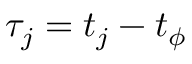
\tau _ { j } = t _ { j } - t _ { \phi }